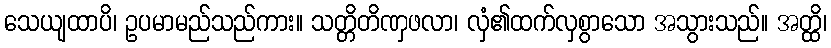
သေယျထာပိ၊ ဥပမာမည်သည်ကား။ သတ္တိတိဏှဖလာ၊ လှံ၏ထက်လှစွာသော အသွားသည်။ အတ္ထိ၊